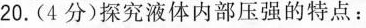
20.(4分)探究液体内部压强的特点：